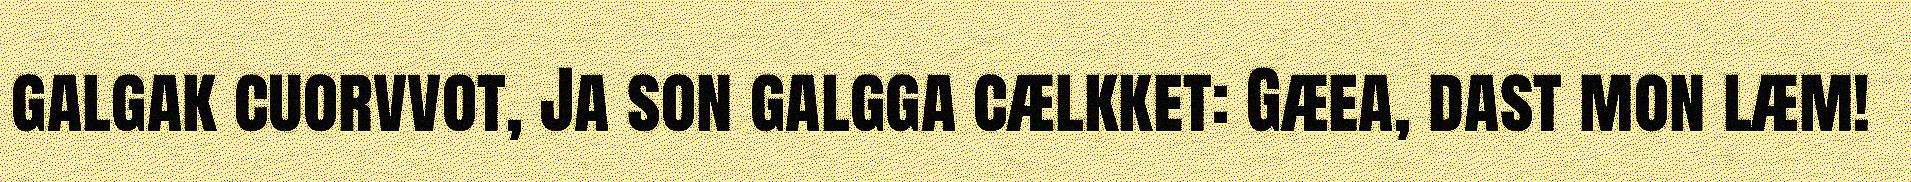
galgak cuorvvot, Ja son galgga cælkket: Gæea, dast mon læm!